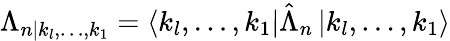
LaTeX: \Lambda_{n|k_{l},\ldots,k_{1}}=\left\langle k_{l},\ldots,k_{1}\right|\hat{\Lambda}_{n}\left|k_{l},\ldots,k_{1}\right\rangle